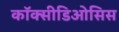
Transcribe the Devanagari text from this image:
कॉक्सीडिओसिस